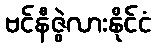
ဗင်နီဇွဲလားနိုင်ငံ